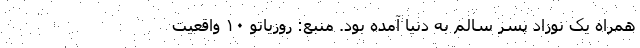
همراه یک نوزاد پسر سالم به دنیا آمده بود. منبع: روزیاتو ۱۰ واقعیت